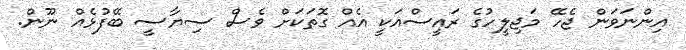
އިންނަވަން ޖެހޭ މަޖިލީހުގެ ރައީސްއަކީ އެއް ގޮތަކަށް ވެސް ސިޔާސީ ބޭފުޅެއް ނޫން.